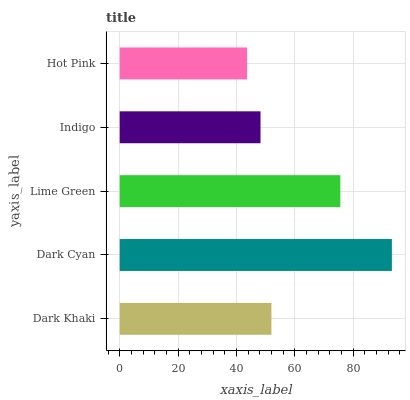
| yaxis_label | bars |
 | --- | --- |
 | Dark Khaki | 52 |
 | Dark Cyan | 93.3 |
 | Lime Green | 75.6 |
 | Indigo | 48.3 |
 | Hot Pink | 43.7 |